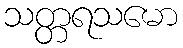
သတ္တရသမော